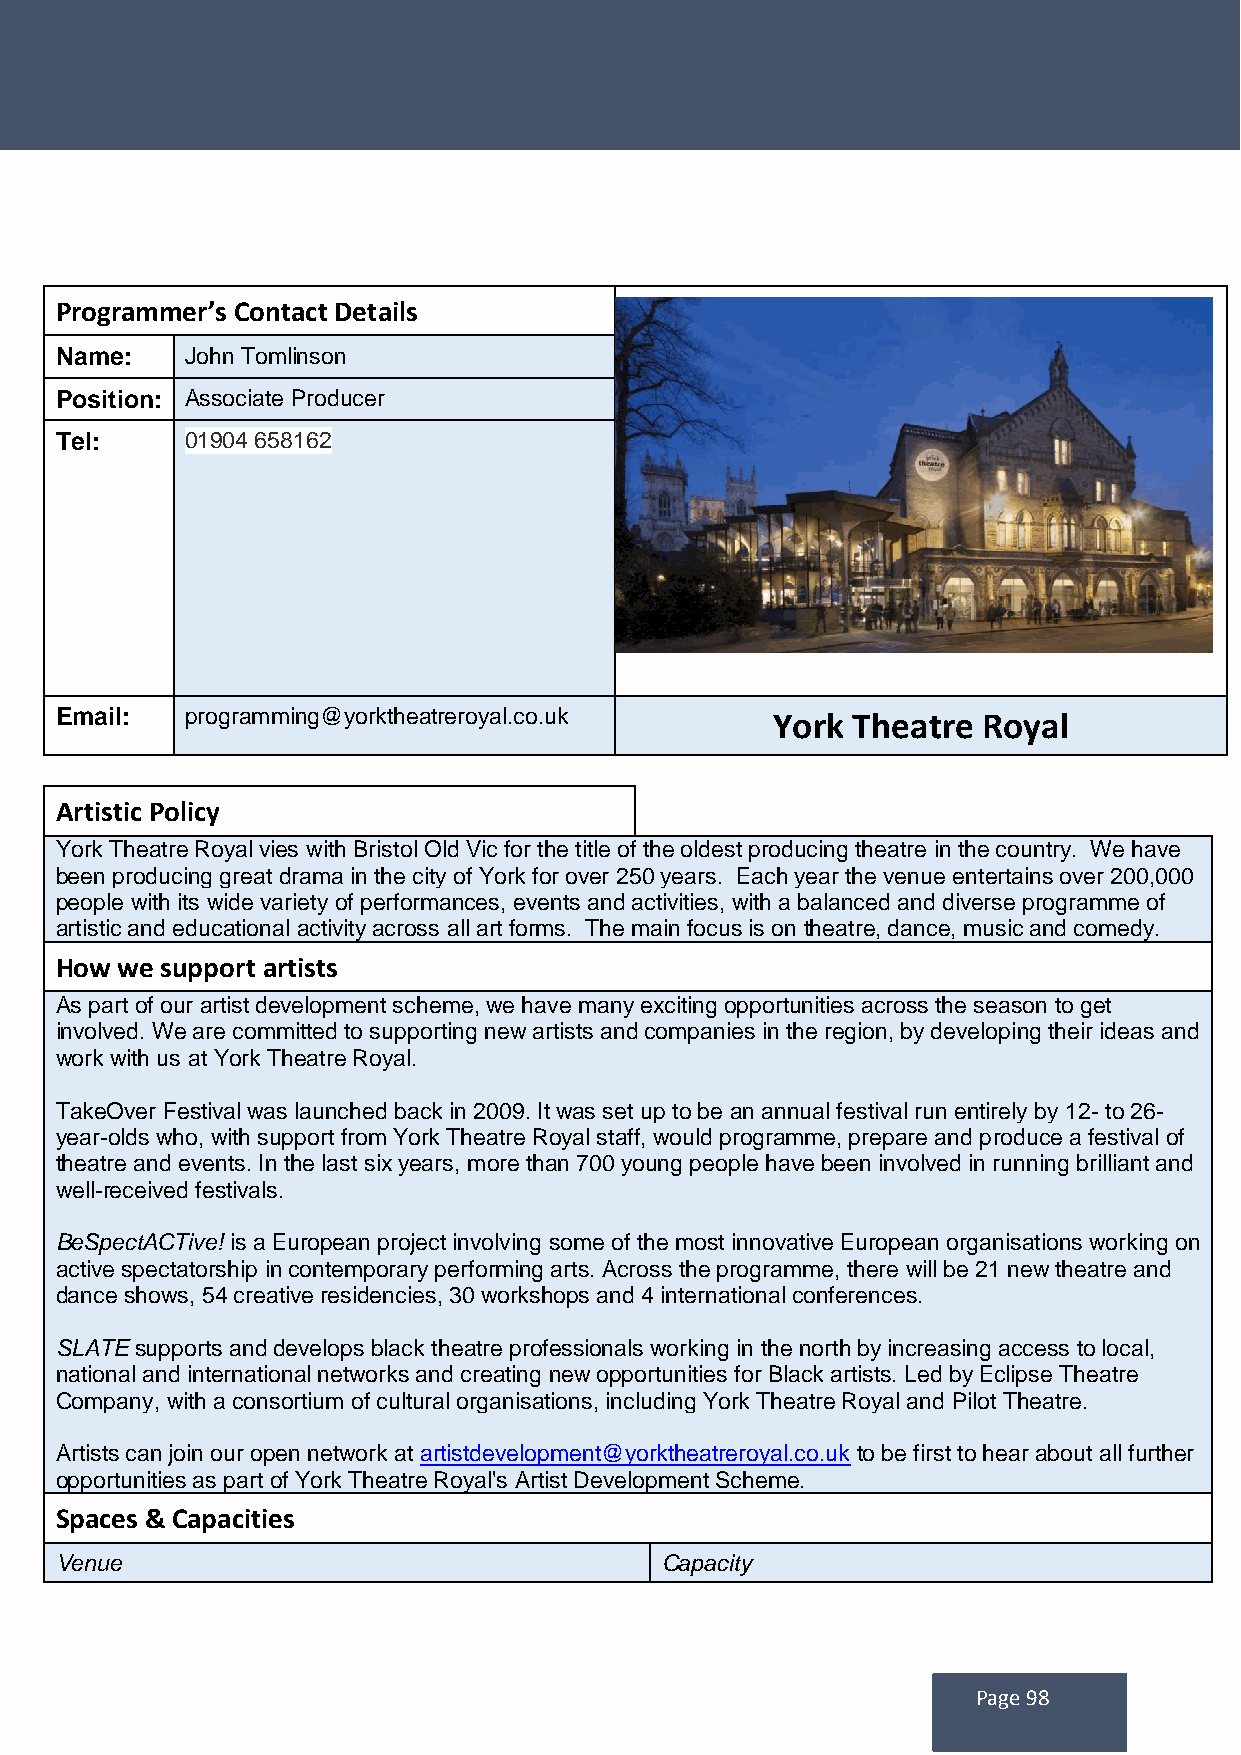
Programmer’s Contact Details
 Name:   John Tomlinson
 Position: Associate Producer
 Tel:    01904 658162
 Email:  programming@yorktheatreroyal.co.uk     York Theatre  Royal
 Artistic Policy
 York Theatre Royal vies with Bristol Old Vic for the title of the oldest producing theatre in the country. We have
 been producing great drama in the city of York for over 250 years. Each year the venue entertains over 200,000
 people with its wide variety of performances, events and activities, with a balanced and diverse programme of
 artistic and educational activity across all art forms. The main focus is on theatre, dance, music and comedy.
 How we support artists
 As part of our artist development scheme, we have many exciting opportunities across the season to get
 involved. We are committed to supporting new artists and companies in the region, by developing their ideas and
 work with us at York Theatre Royal.
 TakeOver Festival was launched back in 2009. It was set up to be an annual festival run entirely by 12- to 26-
 year-olds who, with support from York Theatre Royal staff, would programme, prepare and produce a festival of
 theatre and events. In the last six years, more than 700 young people have been involved in running brilliant and
 well-received festivals.
 BeSpectACTive! is a European project involving some of the most innovative European organisations working on
 active spectatorship in contemporary performing arts. Across the programme, there will be 21 new theatre and
 dance shows, 54 creative residencies, 30 workshops and 4 international conferences.
 SLATE supports and develops black theatre professionals working in the north by increasing access to local,
 national and international networks and creating new opportunities for Black artists. Led by Eclipse Theatre
 Company, with a consortium of cultural organisations, including York Theatre Royal and Pilot Theatre.
 Artists can join our open network at artistdevelopment@yorktheatreroyal.co.uk to be first to hear about all further
 opportunities as part of York Theatre Royal's Artist Development Scheme.
 Spaces & Capacities
 Venue                                   Capacity
 Page 98